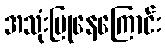
အသုံးပြုနေကြောင်း